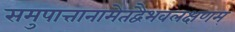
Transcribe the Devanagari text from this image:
समुपात्तानामेतद्वैभवलक्षणम्